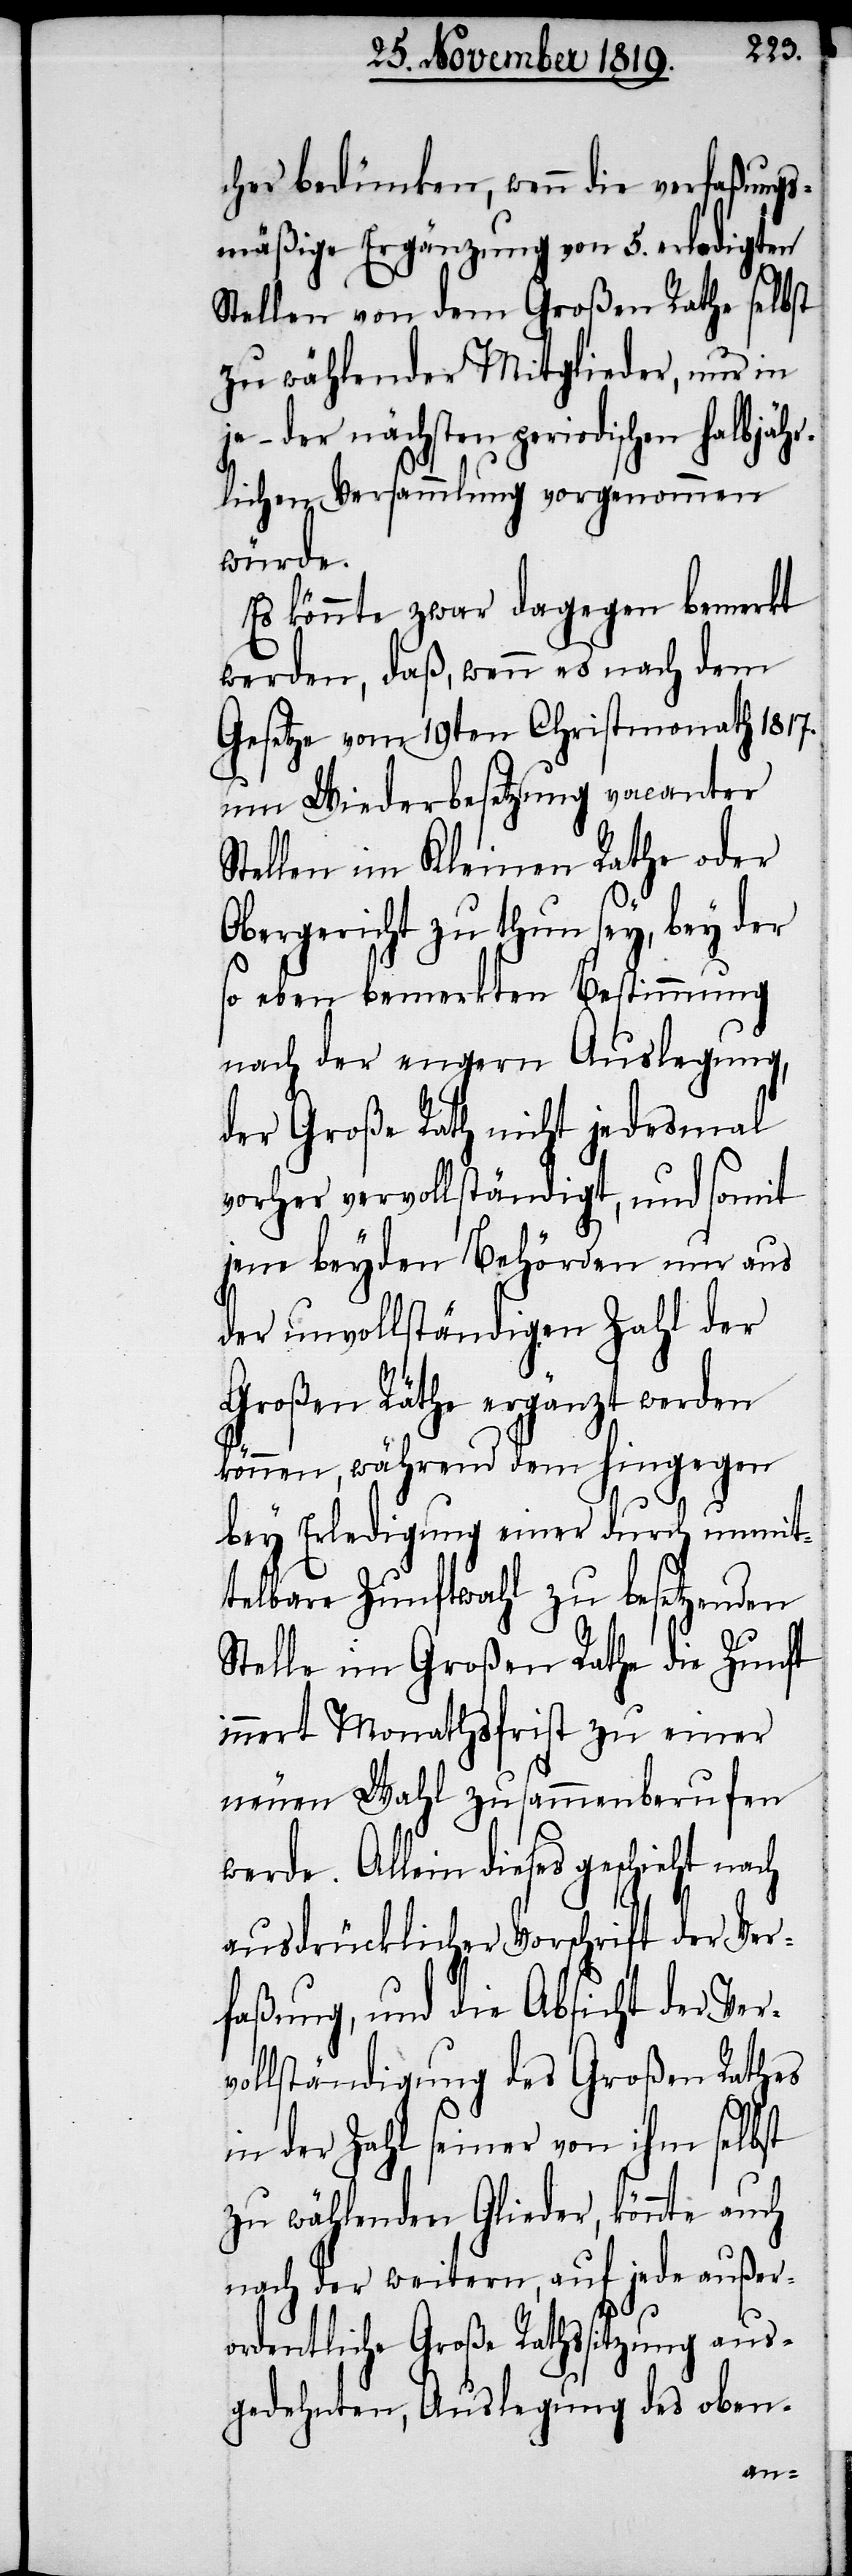
cher bedünken, wenn die verfaßungs¬
mäßige Ergänzung von 5. erledigten
Stellen von dem Großen Rathe selbst
zu wählender Mitglieder, nur in
– der nächsten periodischen halbjäh¬
rlichen Versammlung vorgenommen
würde.
Es könnte zwar dagegen bemerkt
werden, daß, wenn es nach dem
Gesetze vom 19ten Christmonath 1817.
um Wiederbesetzung vacanter
Stellen im Kleinen Rathe oder
Obergericht zu thun sey, bey der
so eben bemerkten Bestimmung
nach der engern Auslegung,
der Große Rath nicht jedesmal
vorher vervollständigt, und somit
jene beyden Behörden nur aus
der unvollständigen Zahl der
Großen Räthe ergänzt werden
können, während dem hingegen
bey Erledigung einer durch unmit¬
telbare Zunftwahl zu besetzenden
Stelle im Großen Rathe die Zunft
innert Monathsfrist zu einer
neuen Wahl zusammenberufen
werde. Allein dieses geschieht
ausdrücklicher Vorschrift der Ver¬
faßung, und die Absicht der Ver¬
vollständigung des Großen Rathes
in der Zahl seiner von ihm selbst
zu wählenden Glieder, könnte auch
nach der weitern, auf jede außer¬
ordentliche Große Rathssitzung aus¬
gedehnten, Auslegung des oben-